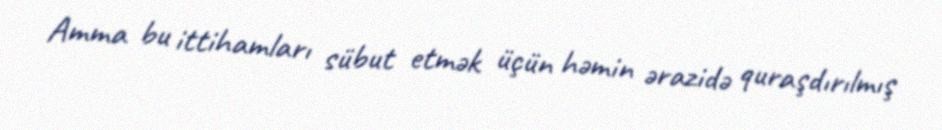
Amma bu ittihamları sübut etmək üçün həmin ərazidə quraşdırılmış